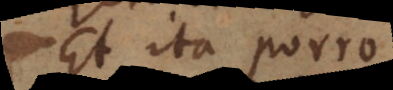
Et ita porro.